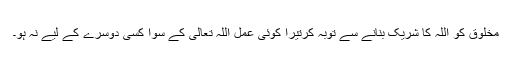
مخلوق کو اللہ کا شریک بنانے سے توبہ کرتیرا کوئی عمل اللہ تعالیٰ کے سوا کسی دوسرے کے لیے نہ ہو۔